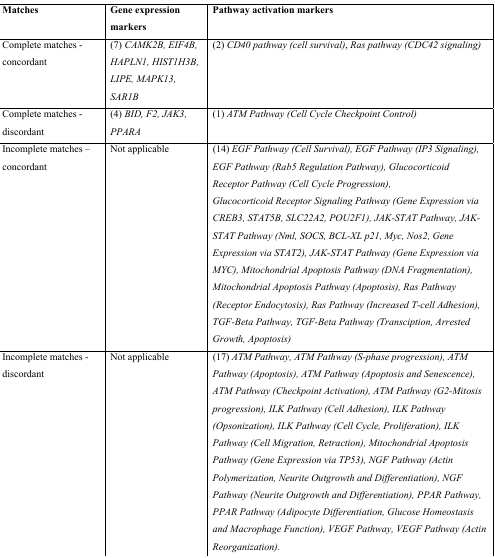
<table><thead><tr><td><b>Matches</b></td><td><b>Gene expression markers</b></td><td><b>Pathway activation markers</b></td></tr></thead><tbody><tr><td>Complete matches - concordant</td><td>(7) <i>CAMK2B, EIF4B, HAPLN1, HIST1H3B, LIPE, MAPK13, SAR1B</i></td><td>(2) <i>CD40 pathway (cell survival)</i>, <i>Ras pathway (CDC42 signaling)</i></td></tr><tr><td>Complete matches - discordant</td><td>(4) <i>BID, F2, JAK3, PPARA</i></td><td>(1) <i>ATM Pathway (Cell Cycle Checkpoint Control)</i></td></tr><tr><td>Incomplete matches – concordant</td><td>Not applicable</td><td>(14) <i>EGF Pathway (Cell Survival), EGF Pathway (IP3 Signaling), EGF Pathway (Rab5 Regulation Pathway), Glucocorticoid Receptor Pathway (Cell Cycle Progression)</i>,<i>Glucocorticoid Receptor Signaling Pathway (Gene Expression via CREB3, STAT5B, SLC22A2, POU2F1), JAK-STAT Pathway, JAK-STAT Pathway (Nml, SOCS, BCL-XL p21, Myc, Nos2, Gene Expression via STAT2), JAK-STAT Pathway (Gene Expression via MYC), Mitochondrial Apoptosis Pathway (DNA Fragmentation), Mitochondrial Apoptosis Pathway (Apoptosis), Ras Pathway (Receptor Endocytosis), Ras Pathway (Increased T-cell Adhesion), TGF-Beta Pathway, TGF-Beta Pathway (Transciption, Arrested Growth, Apoptosis)</i></td></tr><tr><td>Incomplete matches - discordant</td><td>Not applicable</td><td>(17) <i>ATM Pathway, ATM Pathway (S-phase progression), ATM Pathway (Apoptosis), ATM Pathway (Apoptosis and Senescence), ATM Pathway (Checkpoint Activation), ATM Pathway (G2-Mitosis progression), ILK Pathway (Cell Adhesion), ILK Pathway (Opsonization), ILK Pathway (Cell Cycle, Proliferation), ILK Pathway (Cell Migration, Retraction), Mitochondrial Apoptosis Pathway (Gene Expression via TP53), NGF Pathway (Actin Polymerization, Neurite Outgrowth and Differentiation), NGF Pathway (Neurite Outgrowth and Differentiation), PPAR Pathway, PPAR Pathway (Adipocyte Differentiation, Glucose Homeostasis and Macrophage Function), VEGF Pathway, VEGF Pathway (Actin Reorganization)</i>.</td></tr></tbody></table>